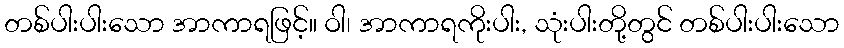
တစ်ပါးပါးသော အာကာရဖြင့်။ ဝါ၊ အာကာရကိုးပါး, သုံးပါးတို့တွင် တစ်ပါးပါးသော